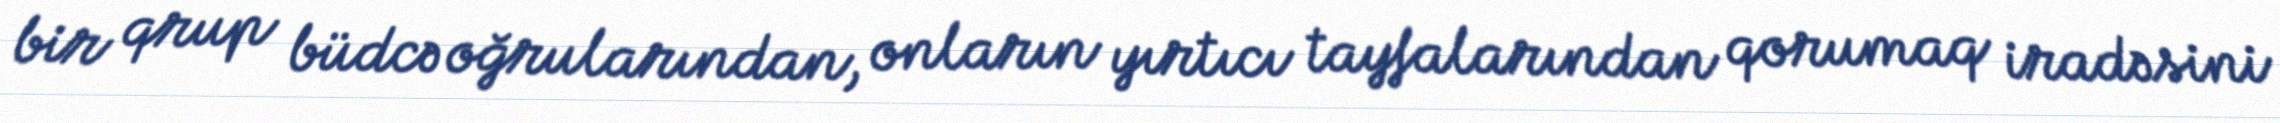
bir qrup büdcə oğrularından, onların yırtıcı tayfalarından qorumaq iradəsini